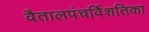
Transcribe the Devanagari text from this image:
वैतालपंचर्विशतिका